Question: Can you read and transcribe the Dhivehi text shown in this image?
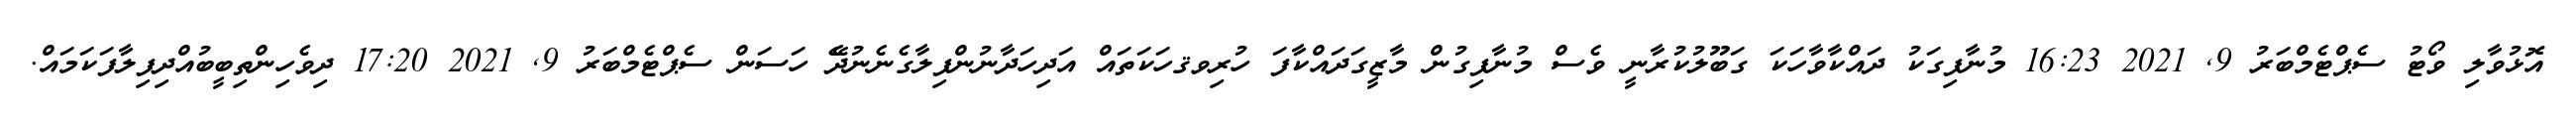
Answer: އޮޅުވާލި ވޯޓު ސެޕްޓެމްބަރު 9, 2021 16:23 މުނާފިގަކު ދައްކާވާހަކަ ގަބޫލުކުރާނީ ވެސް މުނާފިގުން މާޒީގަދައްކާފަ ހުރިވޤހަކަތައް އަދިހަދާނުންފިލާގެނެނުދޭެ ހަސަން ސެޕްޓެމްބަރު 9, 2021 17:20 ދިވެހިންތިބީބުއްދިފިލާފަކަމައް.